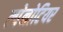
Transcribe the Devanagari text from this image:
ल्पेनोटियर